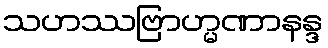
သဟဿဗြာဟ္မဏာနန္ဒ